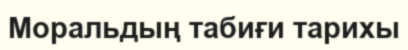
Моральдың табиғи тарихы